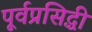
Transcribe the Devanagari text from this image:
पूर्वप्रसिद्धी